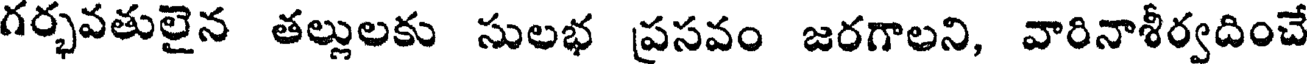
గర్భవతులైన తల్లులకు సులభ ప్రసవం జరగాలని, వారినాశీర్వదించే